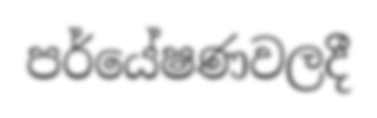
පර්යේෂණවලදී